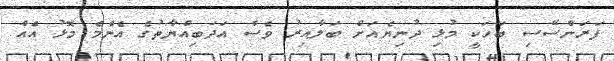
ފަރަންސޭސި ބަހަކީ މުޅި ދުނިޔެއަށް ބަލާއިރު ވެސް އަދަބިއްޔާތުގެ އެންމެ މޮޅު އެއް